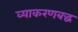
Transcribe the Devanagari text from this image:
व्याकरणबद्ध